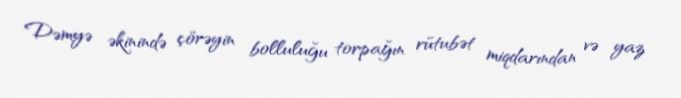
Dəmyə əkinində çörəyin bolluluğu torpağın rütubət miqdarından və yaz